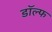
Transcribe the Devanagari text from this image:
डॉल्फ